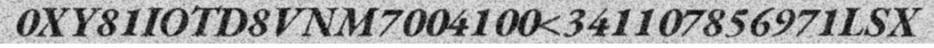
0XY81IOTD8VNM7004100<341107856971LSX